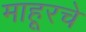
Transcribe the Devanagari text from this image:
माहूरचे